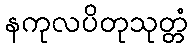
နကုလပိတုသုတ္တံ